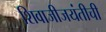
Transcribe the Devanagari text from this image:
शिवाजीजयंतीची